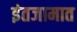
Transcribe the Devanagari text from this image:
इंतजामात